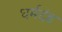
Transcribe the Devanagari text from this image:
धर्मदंड